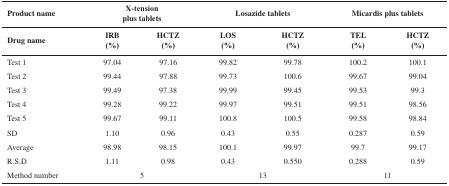
<table><thead><tr><td><b>Product name</b></td><td colspan="2"><b>X-tensionplus tablets</b></td><td colspan="2"><b>Losazide tablets</b></td><td colspan="2"><b>Micardis plus tablets</b></td></tr><tr><td><b>Drug name</b></td><td><b>IRB(%)</b></td><td><b>HCTZ(%)</b></td><td><b>LOS(%)</b></td><td><b>HCTZ(%)</b></td><td><b>TEL(%)</b></td><td><b>HCTZ(%)</b></td></tr></thead><tbody><tr><td>Test 1</td><td>97.04</td><td>97.16</td><td>99.82</td><td>99.78</td><td>100.2</td><td>100.1</td></tr><tr><td>Test 2</td><td>99.44</td><td>97.88</td><td>99.73</td><td>100.6</td><td>99.67</td><td>99.04</td></tr><tr><td>Test 3</td><td>99.49</td><td>97.38</td><td>99.99</td><td>99.45</td><td>99.53</td><td>99.3</td></tr><tr><td>Test 4</td><td>99.28</td><td>99.22</td><td>99.97</td><td>99.51</td><td>99.51</td><td>98.56</td></tr><tr><td>Test 5</td><td>99.67</td><td>99.11</td><td>100.8</td><td>100.5</td><td>99.58</td><td>98.84</td></tr><tr><td>SD</td><td>1.10</td><td>0.96</td><td>0.43</td><td>0.55</td><td>0.287</td><td>0.59</td></tr><tr><td>Average</td><td>98.98</td><td>98.15</td><td>100.1</td><td>99.97</td><td>99.7</td><td>99.17</td></tr><tr><td>R.S.D</td><td>1.11</td><td>0.98</td><td>0.43</td><td>0.550</td><td>0.288</td><td>0.59</td></tr><tr><td>Method number</td><td colspan="2">5</td><td colspan="2">13</td><td colspan="2">11</td></tr></tbody></table>